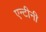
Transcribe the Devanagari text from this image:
एन्टीनी